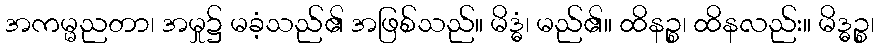
အကမ္မညတာ၊ အမှု၌ မခံ့သည်၏ အဖြစ်သည်။ မိဒ္ဓံ၊ မည်၏။ ထိနဉ္စ၊ ထိနလည်း။ မိဒ္ဓဉ္စ၊